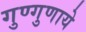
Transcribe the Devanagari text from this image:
गुण्गुणाये